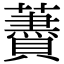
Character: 𧂰